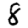
Digit: 8